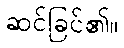
ဆင်ခြင်၏။